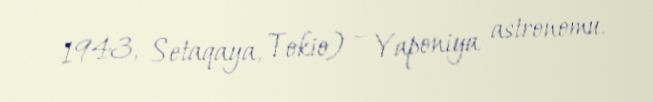
1943, Setaqaya, Tokio) – Yaponiya astronomu.